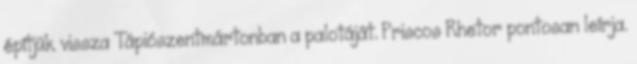
építjük vissza Tápiószentmártonban a palotáját. Priscos Rhetor pontosan leírja.